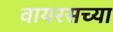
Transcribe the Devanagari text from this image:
वायरसच्या